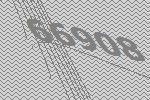
66908